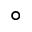
^ \circ